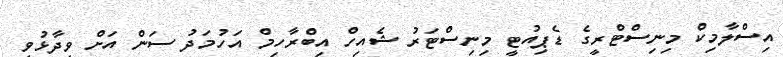
އިސްލާމިކް މިނިސްޓްރީގެ ޑެޕިއުޓީ މިނިސްޓަރު ޝެއިހް އިބްރާހިމް އަހުމަދު ސަން އަށް ވިދާޅުވީ